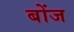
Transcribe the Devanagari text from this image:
बोंज